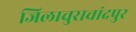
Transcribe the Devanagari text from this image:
जिलाचुराचांदपुर